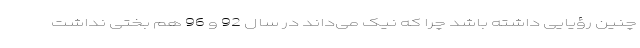
چنین رؤیایی داشته باشد چرا که نیک می‌داند در سال 92 و 96 هم بختی نداشت